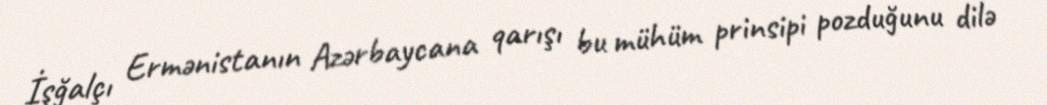
İşğalçı Ermənistanın Azərbaycana qarışı bu mühüm prinsipi pozduğunu dilə